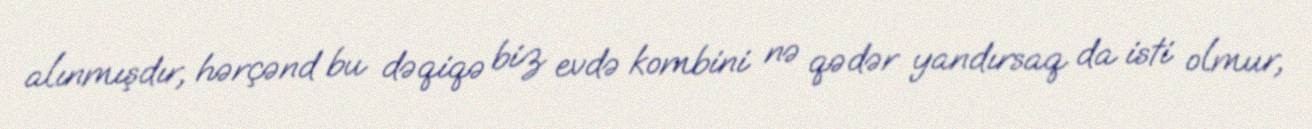
alınmışdır, hərçənd bu dəqiqə biz evdə kombini nə qədər yandırsaq da isti olmur,